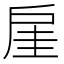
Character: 𫼋